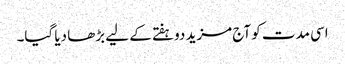
اسی مدت کو آج مزید دوہفتے کے لیے بڑھا دیا گیا۔